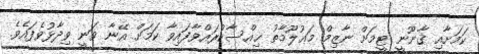
ކަމަށާއި ޤާނޫނީ ޓީމަށް ނާޒިމް މަޢުލޫމާތު ޙިއްސާކުރައްވާފައިވާ ކަމަށް އޭނާ ވަނީ ވިދާޅުވެފައެވެ.